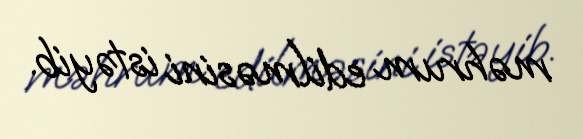
məhrum edilməsini istəyib.